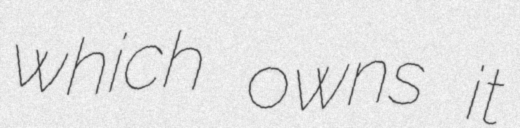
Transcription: which owns it